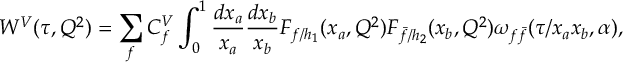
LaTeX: W ^ { V } ( \tau , Q ^ { 2 } ) = \sum _ { f } C _ { f } ^ { V } \int _ { 0 } ^ { 1 } { \frac { d x _ { a } } { x _ { a } } } { \frac { d x _ { b } } { x _ { b } } } F _ { f / h _ { 1 } } ( x _ { a } , Q ^ { 2 } ) F _ { { \bar { f } } / h _ { 2 } } ( x _ { b } , Q ^ { 2 } ) \omega _ { f { \bar { f } } } ( \tau / x _ { a } x _ { b } , \alpha ) ,